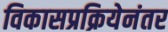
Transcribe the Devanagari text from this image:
विकासप्रक्रियेनंतर